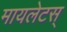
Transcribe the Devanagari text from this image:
मायलेटस्